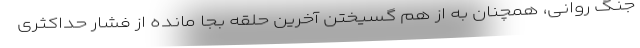
جنگ روانی، همچنان به از هم گسیختن آخرین حلقه بجا مانده از فشار حداکثری